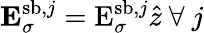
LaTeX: \mathbf{E}_{\sigma}^{\textrm{sb},j}=\textrm{E}_{\sigma}^{\textrm{sb},j}\hat{z}\ \forall\ j